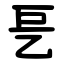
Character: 乬